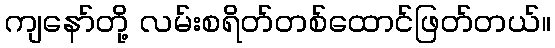
ကျနော်တို့ လမ်းစရိတ်တစ်ထောင်ဖြတ်တယ်။